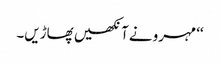
‘‘ مہرو نے آنکھیں پھاڑیں۔